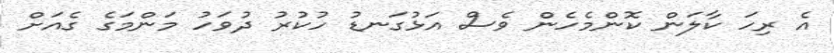
އެ ރިހަ ކާލަން ކޮންމެހެން ވެސް އަޅުގަނޑު ހުކުރު ދުވަހު މަންމަގެ ގެއަށް